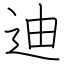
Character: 迪